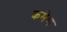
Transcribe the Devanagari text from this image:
कमेण